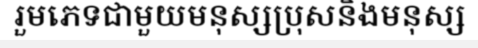
រួមភេទជាមួយមនុស្សប្រុសនិងមនុស្ស